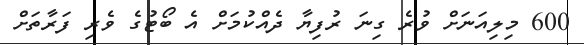
600 މިލިއަނަށް ވުރެ ގިނަ ރުފިޔާ ދެއްކުމަށް އެ ބޯޓުގެ ވެރި ފަރާތަށް